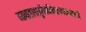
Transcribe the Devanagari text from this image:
गावात१पशुवैद्यकीयरुग्णालयआहे